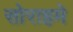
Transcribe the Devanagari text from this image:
सोराहमे